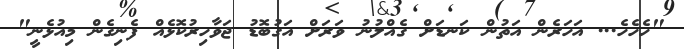
"ހެހެހެ... އަހަރެން އަތުން ކަނޑަށް ގެއްލުނު ވަރަށް އަގުބޮޑު ޖަވާހިރުކޮޅެއް ފެނިގެން މިއުޅެނީ"